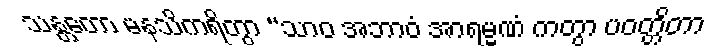
သန္တတော မနသိကရိတွာ “သာဝ အဘာဝံ အာရမ္မဏံ ကတွာ ပဝတ္တိတာ